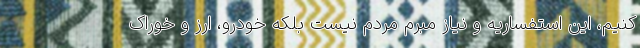
کنیم،‌ این استفساریه و نیاز مبرم مردم نیست بلکه خودرو، ارز و خوراک